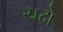
ચઢો